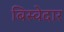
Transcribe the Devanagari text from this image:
बिस्‍वेदार